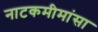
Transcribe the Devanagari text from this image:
नाटकमीमांसा